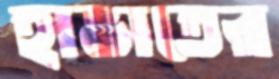
হাভাতের